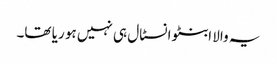
یہ والا ابنٹو انسٹال ہی نہیں ہو ریا تھا۔